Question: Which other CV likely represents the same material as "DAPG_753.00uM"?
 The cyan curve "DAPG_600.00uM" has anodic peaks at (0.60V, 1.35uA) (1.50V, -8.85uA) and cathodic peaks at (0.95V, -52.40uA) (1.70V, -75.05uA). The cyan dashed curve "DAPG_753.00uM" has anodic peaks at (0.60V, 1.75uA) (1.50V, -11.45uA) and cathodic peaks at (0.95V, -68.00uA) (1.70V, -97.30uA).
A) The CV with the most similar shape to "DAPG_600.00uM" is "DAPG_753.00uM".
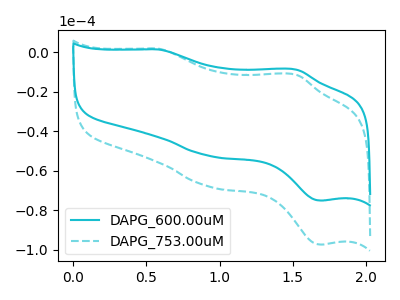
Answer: <think>All the peaks in "DAPG_600.00uM" have a peak in "DAPG_753.00uM" at the same potential.
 </think>
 <answer>A) The CV with the most similar shape to "DAPG_600.00uM" is "DAPG_753.00uM".</answer>
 <eval>A</eval>